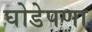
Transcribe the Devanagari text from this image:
घोडेपणा